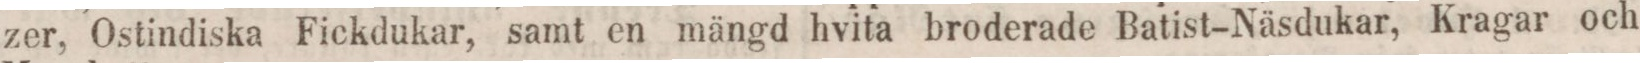
zer, Ostindiska Fickdukar, samt en mängd hvita broderade Batist-Näsdukar, Kragar och